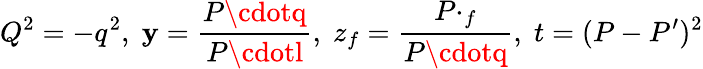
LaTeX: Q^{2}=-q^{2},\; \mathbf{y}=\frac{{P\cdotq}}{{P\cdotl}},\; z_{f}=\frac{{P\cdotp_{f}}}{{P\cdotq}},\; t=(P-P^{\prime})^{2}